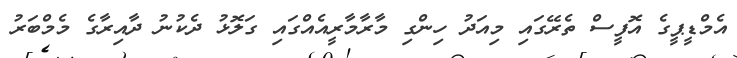
އެމްޑީޕީގެ އޮފީސް ތެރޭގައި މިއަދު ހިންގި މާރާމާރީއެއްގައި ގަލޮޅު ދެކުނު ދާއިރާގެ މެމްބަރު